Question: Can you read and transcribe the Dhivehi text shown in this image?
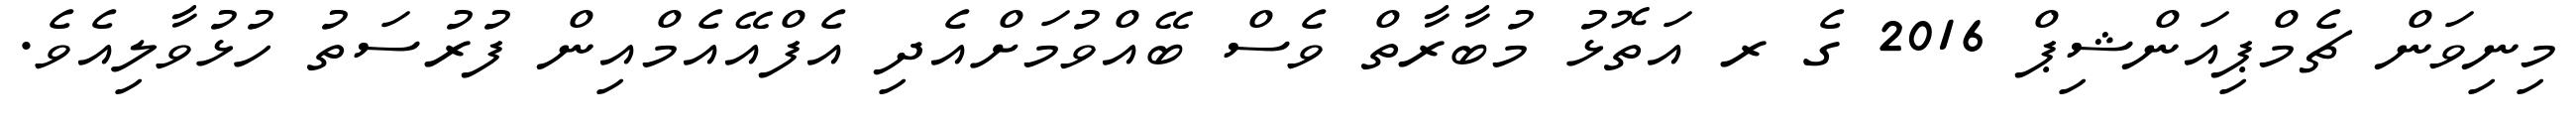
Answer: މިނިވަން ޗެމްޕިއަންޝިޕް 2016 ގެ ރ އަތޮޅު މުބާރާތް ވެސް ބޭއްވުމަށްއެދި އެފްއޭއެމްއިން ފުރުސަތު ހުޅުވާލިއެވެ.